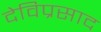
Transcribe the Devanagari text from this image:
देविप्रसाद